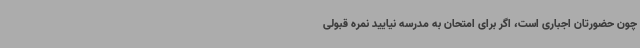
چون حضورتان اجباری است، اگر برای امتحان به مدرسه نیایید نمره قبولی